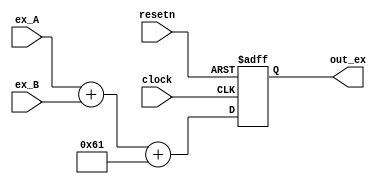
`timescale 1ns / 1ps
//////////////////////////////////////////////////////////////////////////////////
// Company: 
// Engineer: 
// 
// Design Name: 
// Module Name:    ex_adder 
// Project Name: 
// Target Devices: 
// Tool versions: 
// Description: 
//
// Dependencies: 
//
// Revision: 
// Revision 0.01 - File Created
// Additional Comments: 
//
//////////////////////////////////////////////////////////////////////////////////
module ex_adder(clock, resetn, ex_A, ex_B, out_ex);
	input clock, resetn;
	
	input [4:0] ex_A, ex_B;
	
	output reg [7:0] out_ex;
	
	always@(posedge clock, negedge resetn) begin
		if(!resetn) begin
			out_ex <= 0;
		end
		else begin
			out_ex <= ex_A + ex_B + 97;
			//@-127 = (ex_A - 15) + (ex_B - 15)
		end
	end
endmodule